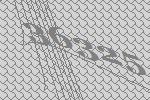
36325